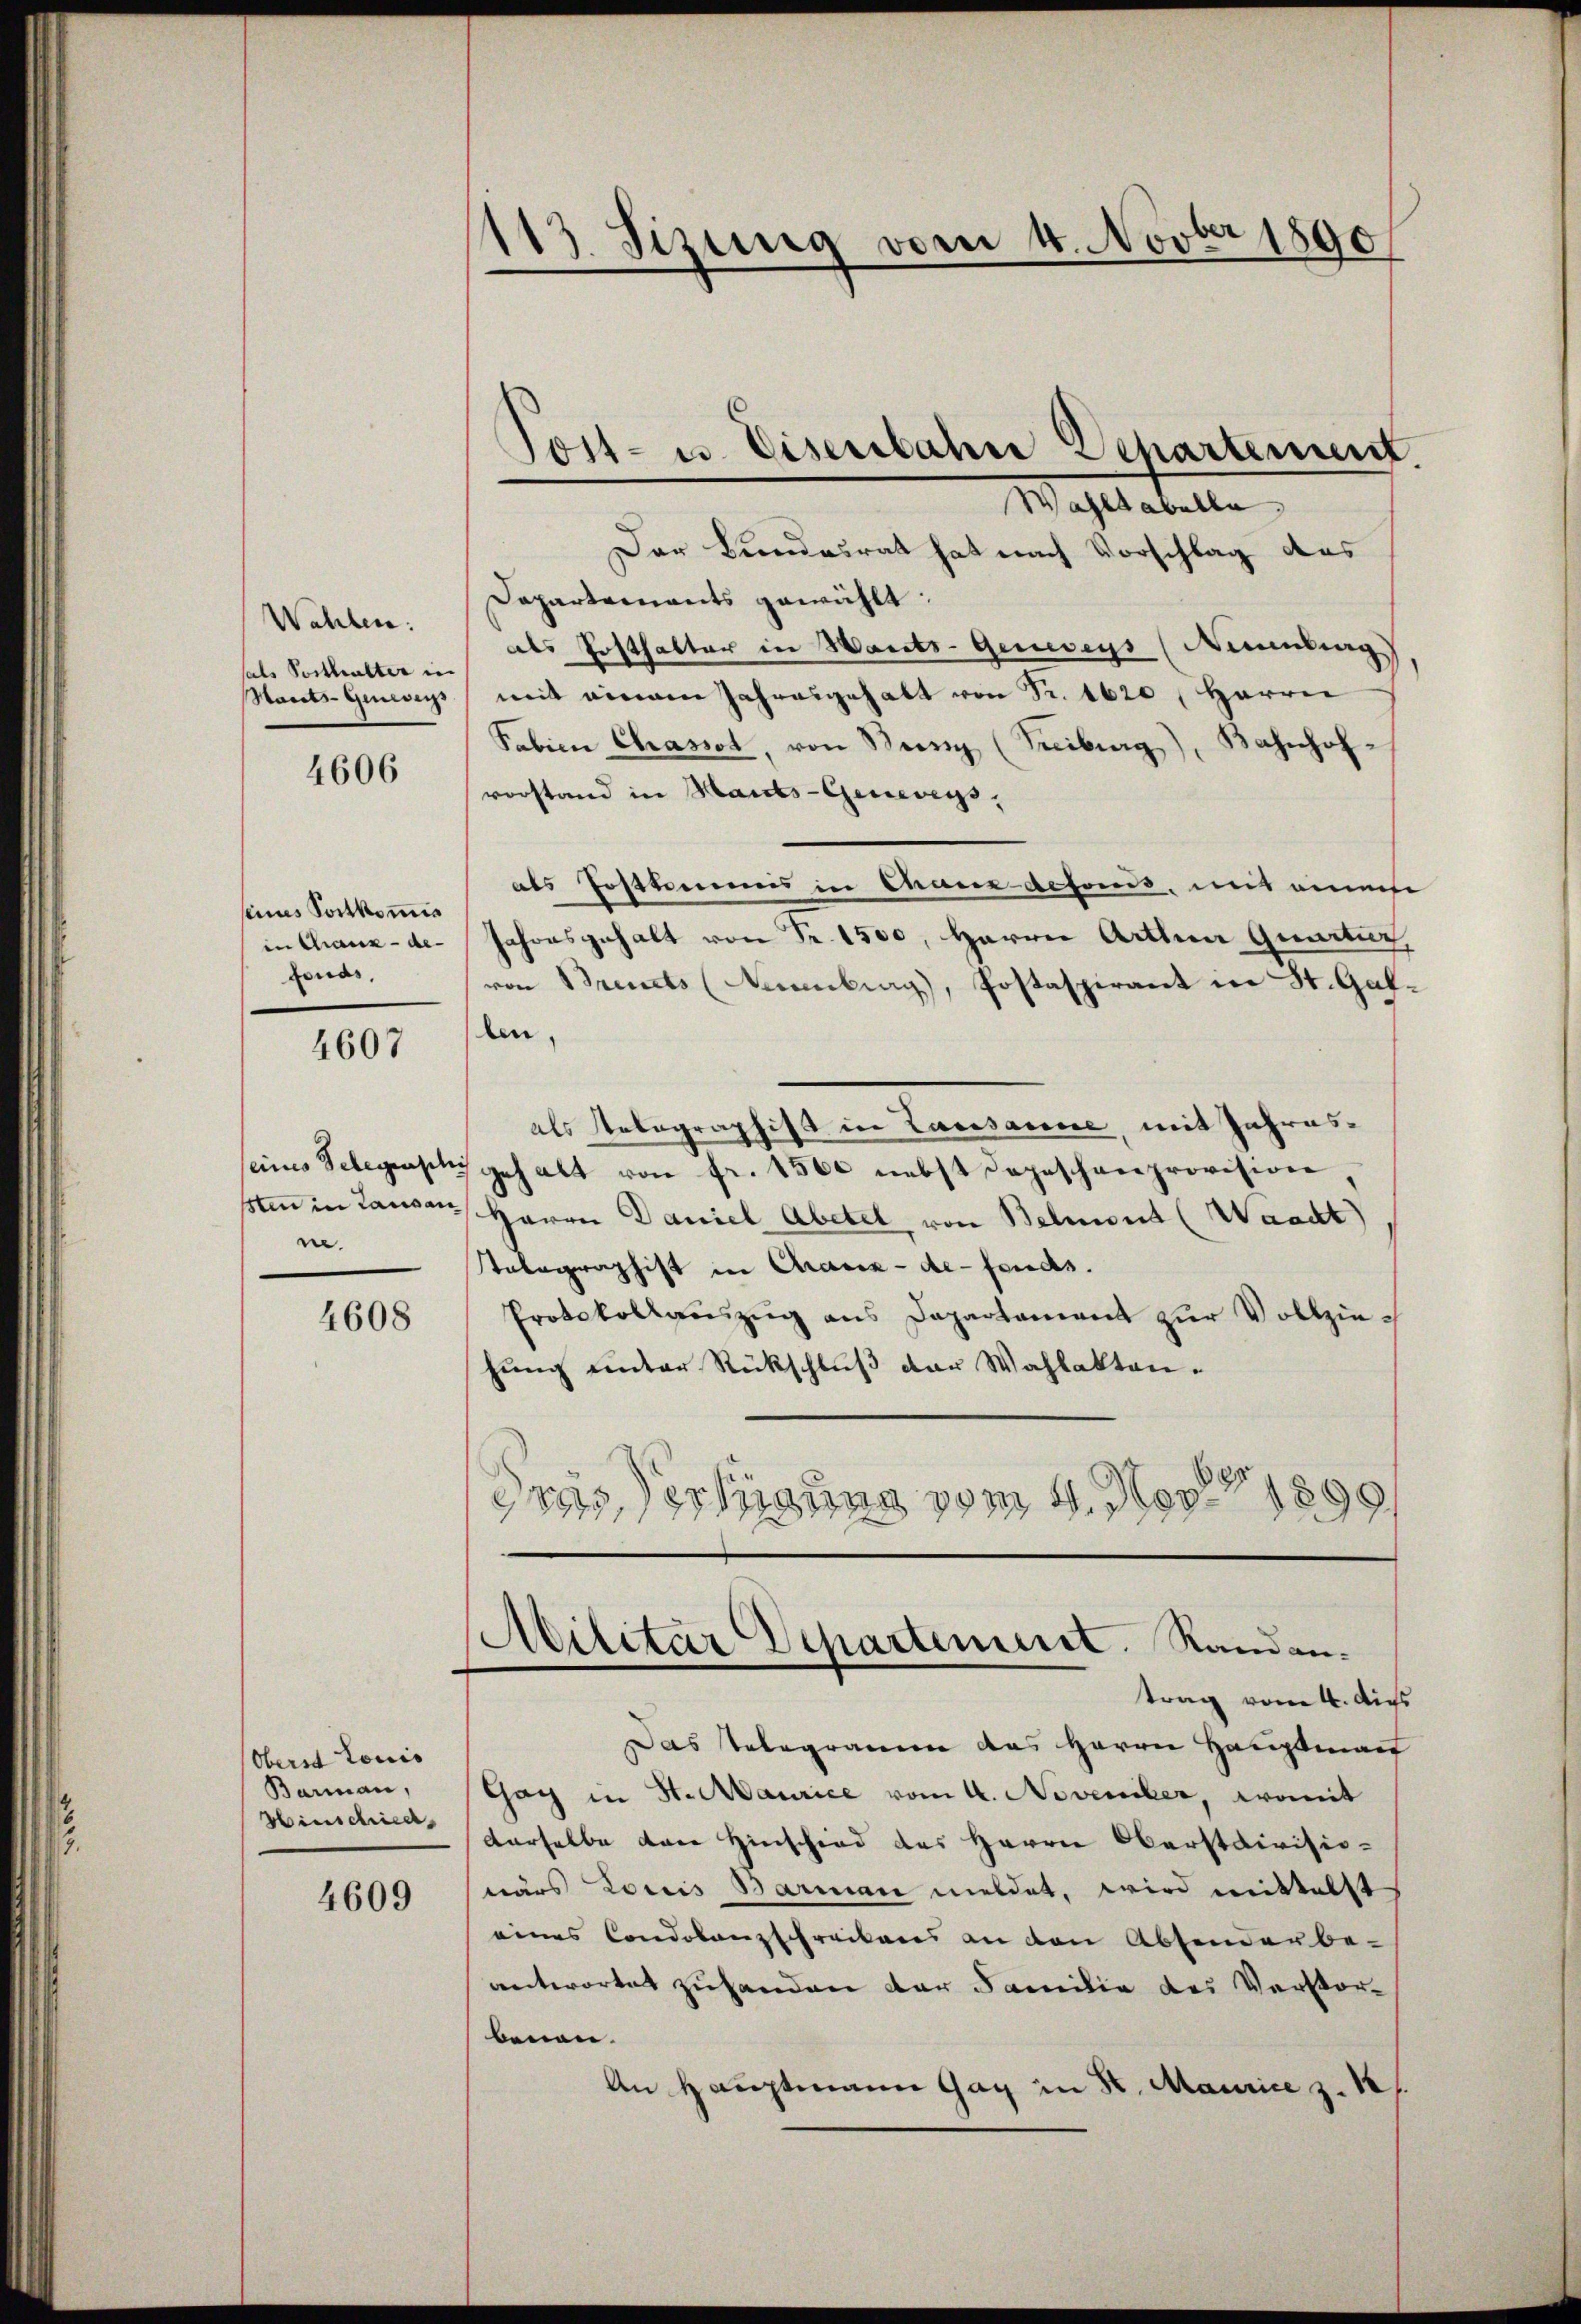
Wehlen.
sals Posthalter in
Hants-Gemeins

4606

seines Fortkommis
in Chaux-de-
fonds,

4607

eines Telegenschi
sten in Lausan
ne.

4608

Oberst Louis
Barmann,
Hinschied

4609

113. Sizung vom 4. Novber 1890

Der Beendesrat hat nach Vorschlag des
Departements gewählt:
als Posthalter in Warts-Geneveys (Neuenburg),
mit einem Jahresgehalt von Fr. 1620   Herrn
Fabien Chassel, von Burg (Treiburg), Bahnhof-
vorstand in Hants-Genevegs,
als Postkammens in thane defonds, mit einem
Jahresgehalt von Fr. 1500, Herrn Arthner Quartier,
von Brevets (Neuenburg), Postaspirant in St. Gallen,
als Telegraphist in Lasesacere, mit Jahresgehalt von fr. 1500 nebst Depeschenprovision
Herrn Daniel Abetel von Belment (Waadt)
Tolographist in Chaux-de-Fonds.
Protokollauszug aus Departement zur Vollziehung unter Rückschluß der Wahlaktanertigung vom 4. Nov 189
G,8933,
.
¬

Tott- u. Eisenbahre Departement.
Wahltabelle

Militar Departement. Randen.
trag vom 4. di

Das Telegramm das Herrn Hauptman
Gay in St. Maurice vom 4. November, womit
derselbe von Hinschied des Herrn Oberstdivisionärs Louis Barmen meldet, wird mittelst
eines Condolanzschreibens an den Absonderbe- |
antwortet zuhanden der Familie des Verstorbenen.
An Hauptmann Gay in St. Maurice z. 1.